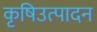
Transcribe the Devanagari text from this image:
कृषिउत्पादन